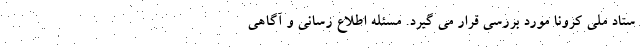
ستاد ملی کرونا مورد بررسی قرار می گیرد. مسئله اطلاع رسانی و آگاهی